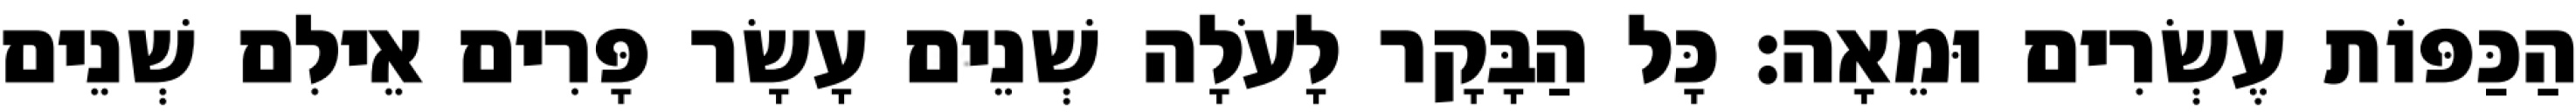
הַכַּפּוֹת עֶשְׂרִים וּמֵאָה׃ כָּל הַבָּקָר לָעֹלָה שְׁנֵים עָשָׂר פָּרִים אֵילִם שְׁנֵים